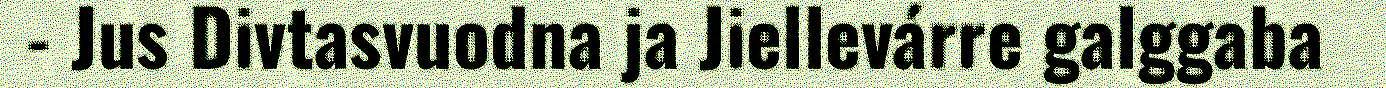
- Jus Divtasvuodna ja Jiellevárre galggaba